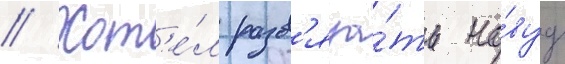
// Хот'е́л разв'яза́ть но́вуу